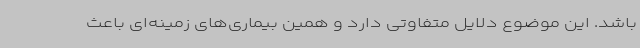
باشد. این موضوع دلایل متفاوتی دارد و همین بیماری‌های زمینه‌ای باعث